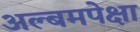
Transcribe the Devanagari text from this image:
अल्बमपेक्षा